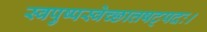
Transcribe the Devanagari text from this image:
स्वपुष्पस्वेच्छात्तषट्पदः।